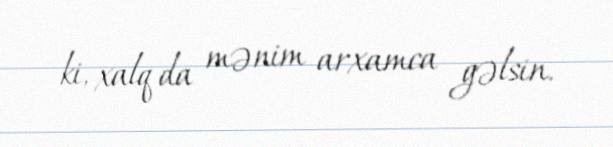
ki, xalq da mənim arxamca gəlsin.